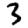
Digit: 3